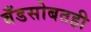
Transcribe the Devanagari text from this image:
बँडसोबतही